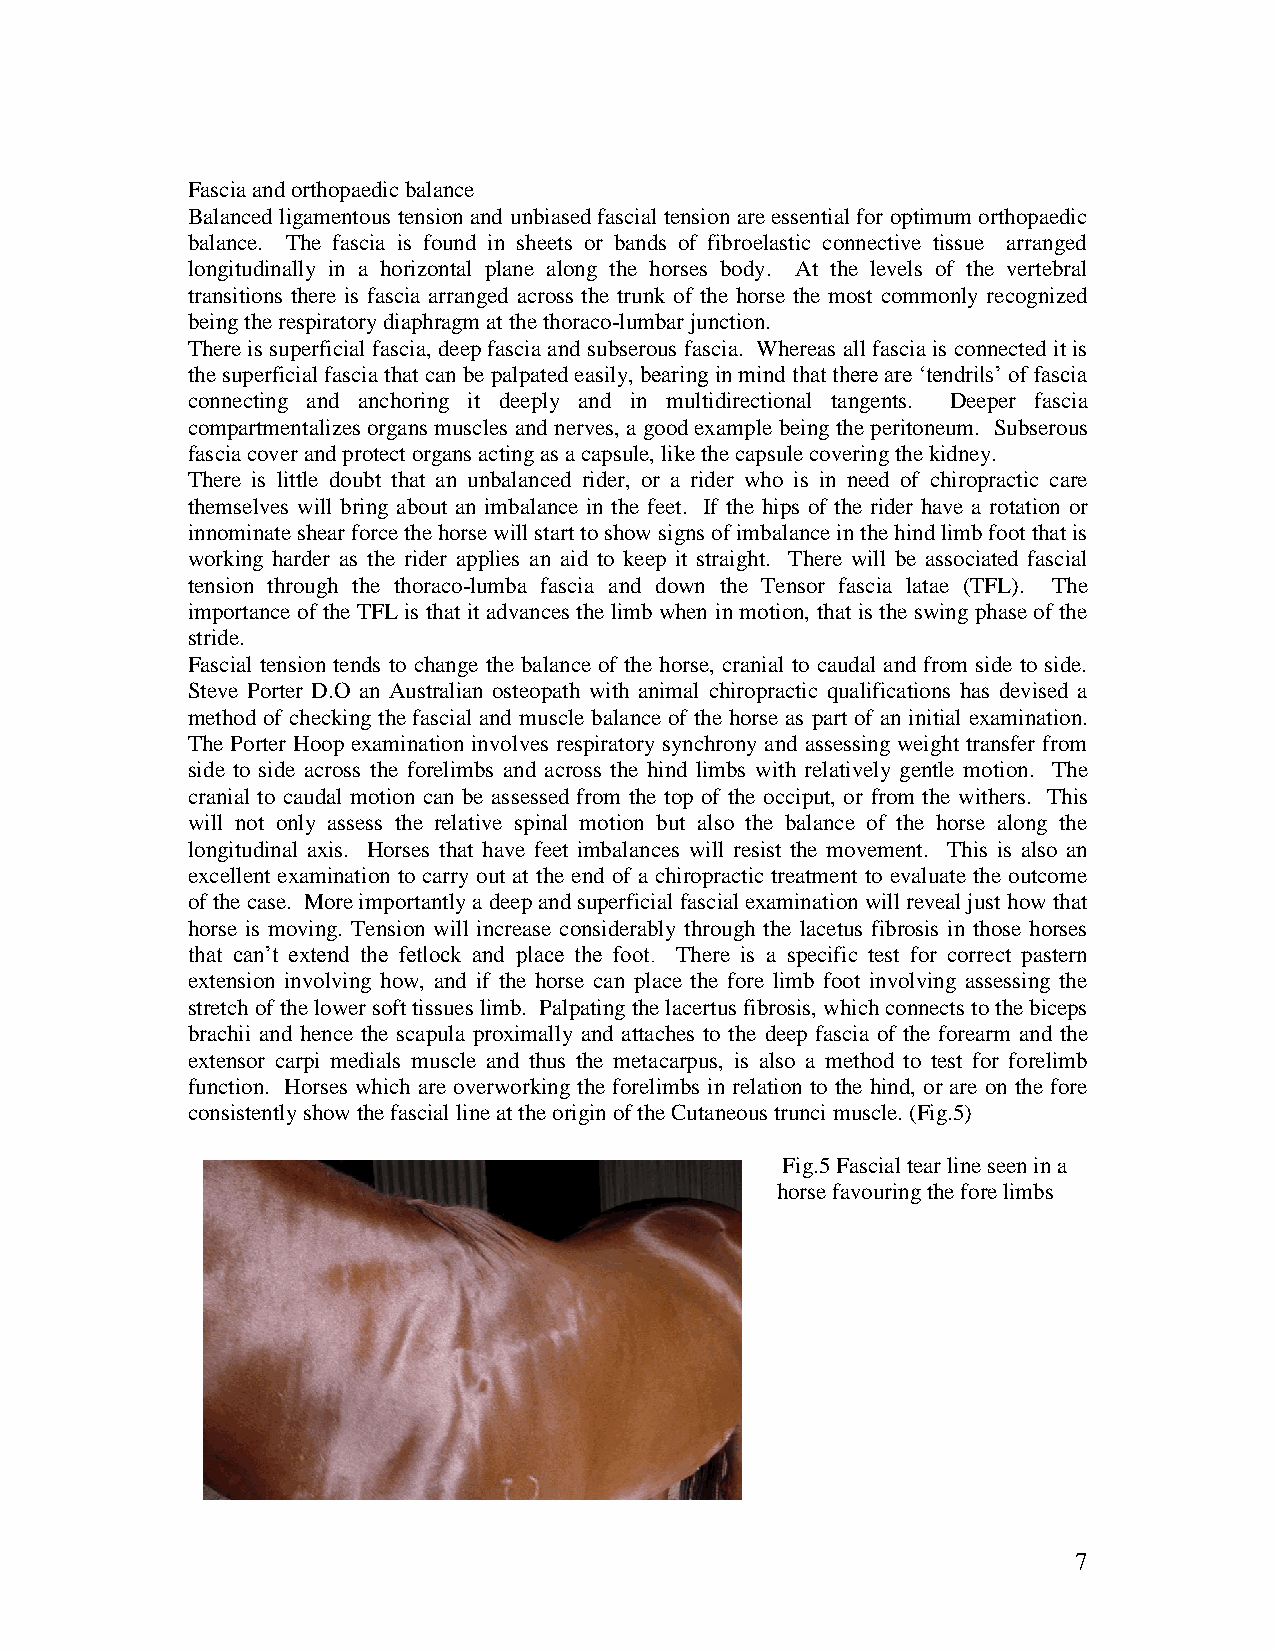
Fascia and orthopaedic balance
 Balanced ligamentous tension and unbiased fascial tension are essential for optimum orthopaedic
 balance. The fascia is found in sheets or bands of fibroelastic connective tissue arranged
 longitudinally in a horizontal plane along the horses body. At the levels of the vertebral
 transitions there is fascia arranged across the trunk of the horse the most commonly recognized
 being the respiratory diaphragm at the thoraco-lumbar junction.
 There is superficial fascia, deep fascia and subserous fascia. Whereas all fascia is connected it is
 the superficial fascia that can be palpated easily, bearing in mind that there are ‘tendrils’ of fascia
 connecting and anchoring it deeply and in multidirectional tangents. Deeper fascia
 compartmentalizes organs muscles and nerves, a good example being the peritoneum. Subserous
 fascia cover and protect organs acting as a capsule, like the capsule covering the kidney.
 There is little doubt that an unbalanced rider, or a rider who is in need of chiropractic care
 themselves will bring about an imbalance in the feet. If the hips of the rider have a rotation or
 innominate shear force the horse will start to show signs of imbalance in the hind limb foot that is
 working harder as the rider applies an aid to keep it straight. There will be associated fascial
 tension through the thoraco-lumba fascia and down the Tensor fascia latae (TFL). The
 importance of the TFL is that it advances the limb when in motion, that is the swing phase of the
 stride.
 Fascial tension tends to change the balance of the horse, cranial to caudal and from side to side.
 Steve Porter D.O an Australian osteopath with animal chiropractic qualifications has devised a
 method of checking the fascial and muscle balance of the horse as part of an initial examination.
 The Porter Hoop examination involves respiratory synchrony and assessing weight transfer from
 side to side across the forelimbs and across the hind limbs with relatively gentle motion. The
 cranial to caudal motion can be assessed from the top of the occiput, or from the withers. This
 will not only assess the relative spinal motion but also the balance of the horse along the
 longitudinal axis. Horses that have feet imbalances will resist the movement. This is also an
 excellent examination to carry out at the end of a chiropractic treatment to evaluate the outcome
 of the case. More importantly a deep and superficial fascial examination will reveal just how that
 horse is moving. Tension will increase considerably through the lacetus fibrosis in those horses
 that can’t extend the fetlock and place the foot. There is a specific test for correct pastern
 extension involving how, and if the horse can place the fore limb foot involving assessing the
 stretch of the lower soft tissues limb. Palpating the lacertus fibrosis, which connects to the biceps
 brachii and hence the scapula proximally and attaches to the deep fascia of the forearm and the
 extensor carpi medials muscle and thus the metacarpus, is also a method to test for forelimb
 function. Horses which are overworking the forelimbs in relation to the hind, or are on the fore
 consistently show the fascial line at the origin of the Cutaneous trunci muscle. (Fig.5)
 Fig.5 Fascial tear line seen in a
 horse favouring the fore limbs
 7